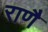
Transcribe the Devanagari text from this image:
राणै